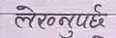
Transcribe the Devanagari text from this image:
लेख्नुपर्छ